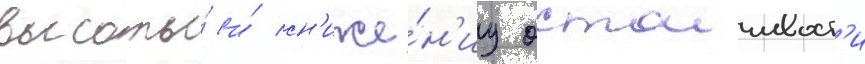
высоты́ и́ сн'иже́н'иу остоичивост'и